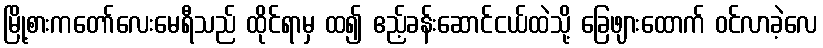
မြို့စားကတော်လေးမေရီသည် ထိုင်ရာမှ ထ၍ ဧည့်ခန်းဆောင်ငယ်ထဲသို့ ခြေဖျားထောက် ဝင်လာခဲ့လေ